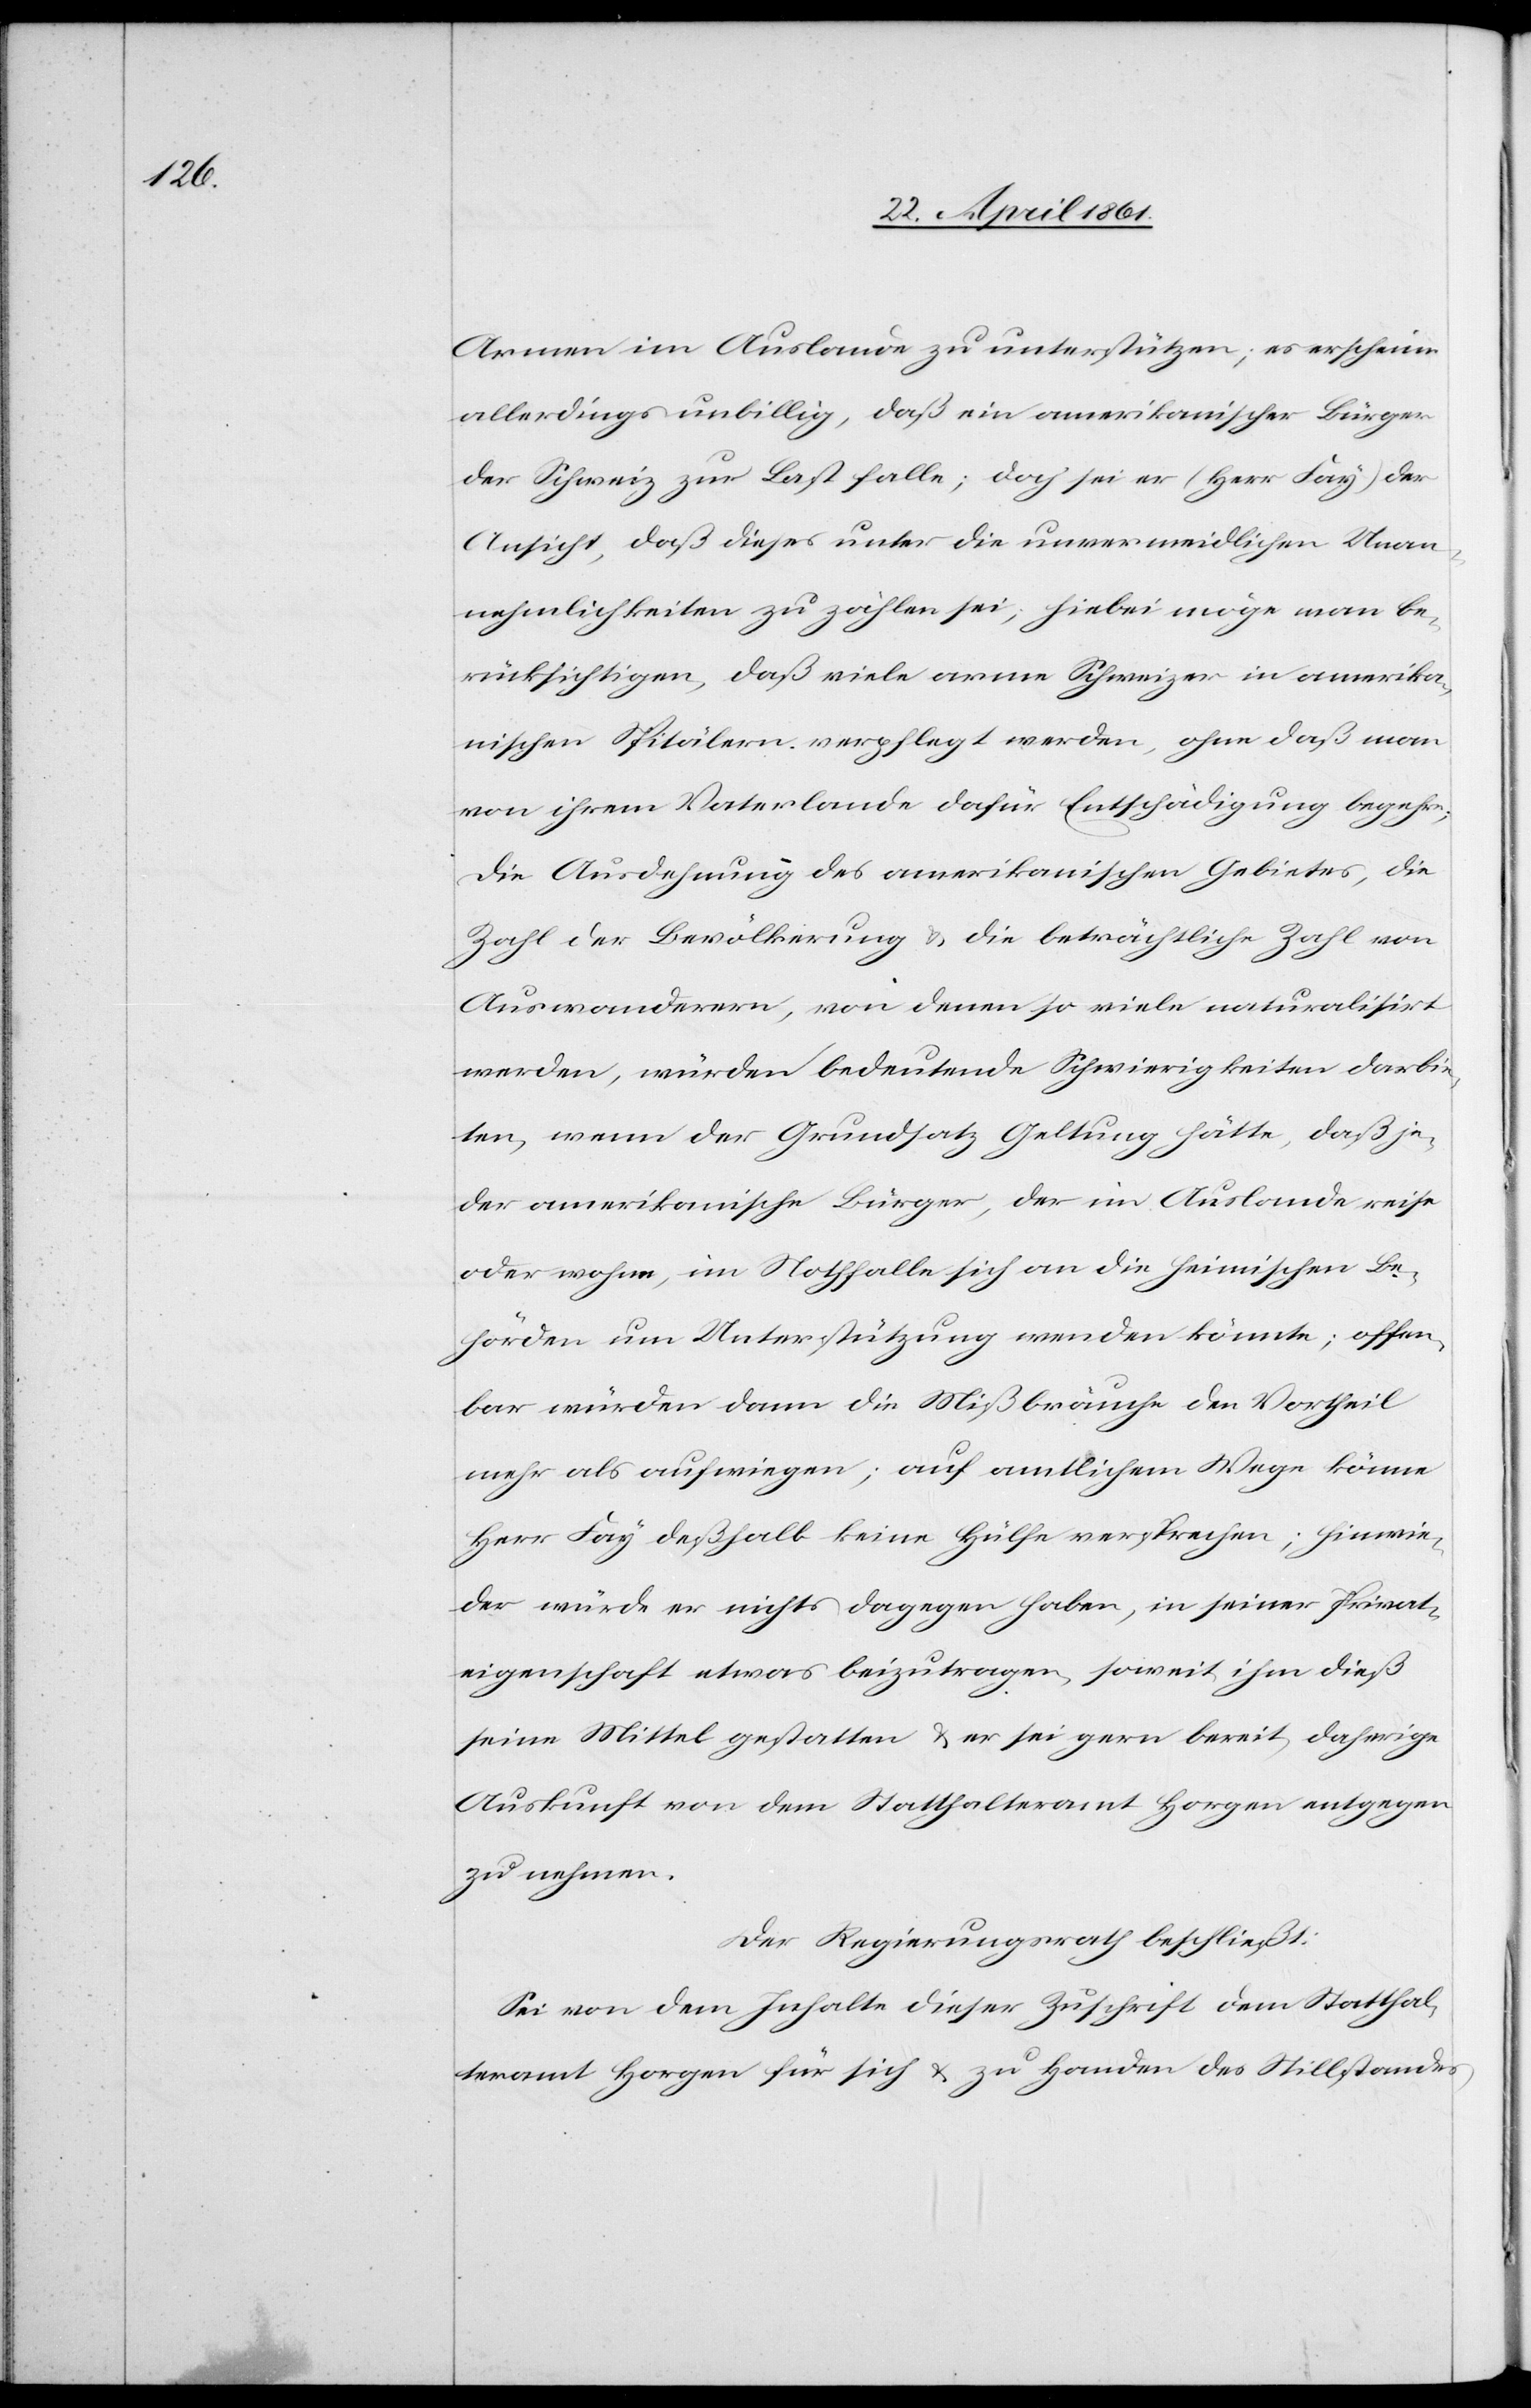
Armen im Auslande zu unterstützen, es erscheine
allerdings unbillig, daß ein amerikanischer Bürger
der Schweiz zur Last falle; doch sei er (Herr Fay) der
Ansicht, daß dieses unter der unvermeidlichen Unan¬
nehmlichkeiten zu zählen sei, hiebei möge man be¬
rücksichtigen, daß viele arme Schweizer in amerika¬
nischen Spitälern verpflegt werden, ohne daß man
von ihrem Vaterlande dafür Entschädigung begehre;
Die Ausdehnung des amerikanischen Gebietes, die
Zahl der Bevölkerung u. die beträchtliche Zahl von
Auswanderern, von denen so viele naturalisirt
werden, würden bedeutende Schwierigkeiten darbie¬
ten, wenn der Grundsatz Geltung hätte, daß je¬
der amerikanische Bürger, der im Auslande reise
oder wohne, im Nothfalle sich an die heimischen Be¬
hörden um Unterstützung wenden könnte; offen¬
bar würden dann die Mißbräuche den Vortheil
mehr als aufwiegen; auf amtlichem Wege könne
Herr Fay deßhalb keine Hülfe versprechen; hinwie¬
der würde er nichts dagegen haben, in seiner Privat¬
eigenschaft etwas beizutragen, soweit ihm dieß
seine Mittel gestatten u. er sei gern bereit, daherige
Auskunft von dem Statthalteramt Horgen entgegen
zu nehmen.
Der Regierungsrath beschließt:
Sei von dem Inhalte dieser Zuschrift dem Statthal¬
teramt Horgen für sich u. zu Handen des Stillstandes